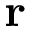
\mathbf { r }